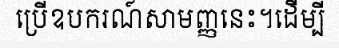
ប្រើឧបករណ៍សាមញ្ញនេះ។ដើម្បី